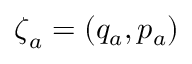
{ \boldsymbol { \zeta } } _ { a } = ( q _ { a } , p _ { a } )